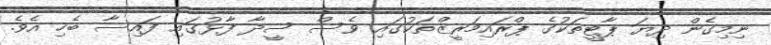
ނިމިގެން ދިޔަ ޕާޓީތަކުގެ ޕްރައިމަރީޒްތަކުގައި ވެސް ސީދާ ފާޅުގައި ފައިސާ ބެހި އެވެ.